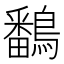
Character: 鷭